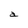
Character: a